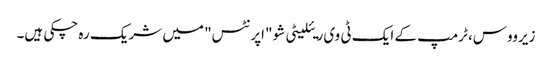
زیرووس، ٹرمپ کے ایک ٹی وی ریئلیٹی شو "اپرنٹس" میں شریک رہ چکی ہیں۔